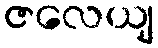
ဇလေယျ